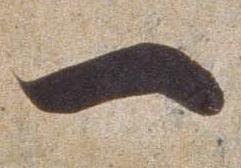
一